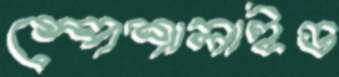
স্পেশালাইড